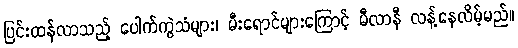
ပြင်းထန်လာသည့် ပေါက်ကွဲသံများ၊ မီးရောင်များကြောင့် မီလာနီ လန့်နေလိမ့်မည်။